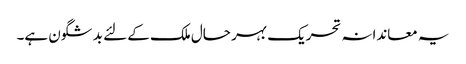
یہ معاندانہ تحریک بہر حال ملک کے لئے بد شگون ہے۔